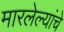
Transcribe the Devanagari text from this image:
मारलेल्यांचे